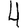
Digit: 4